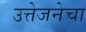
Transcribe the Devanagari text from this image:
उत्तेजनेचा